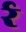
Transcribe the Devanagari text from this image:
र्र